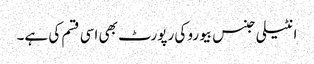
انٹیلی جنس بیورو کی رپورٹ بھی اسی قسم کی ہے۔